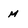
Character: m